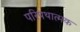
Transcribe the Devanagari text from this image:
परिपथात्मक